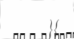
}{